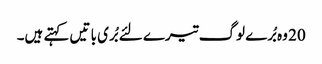
20 وہ بُرے لوگ تیرے لئے بُری با تیں کہتے ہیں۔